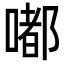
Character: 嘟